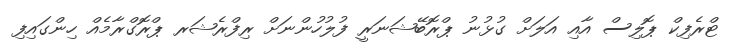
ޓްރެފިކް ޕޮލިސް އާއި އަލަށް ގުޅުނު ޕްރޮބޭޝަނަރީ ފުލުހުންނަށް ރިފްރެޝަރ ޕްރޮގްރާމެއް ހިންގައިފި